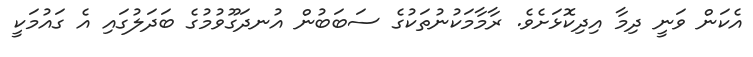
އެކަން ވަނީ ދިމާ އިދިކޮޅަށެވެ. ރާމާމަކުނުތަކުގެ ސަބަބުން އުނދަގޫވުމުގެ ބަދަލުގައި އެ ގައުމަކީ